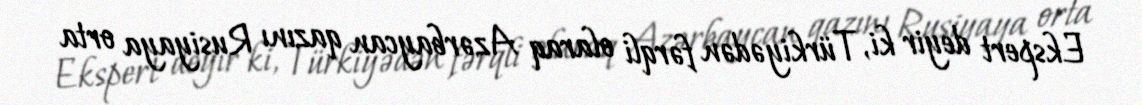
Ekspert deyir ki, Türkiyədən fərqli olaraq Azərbaycan qazını Rusiyaya orta